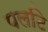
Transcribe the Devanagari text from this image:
पलटि